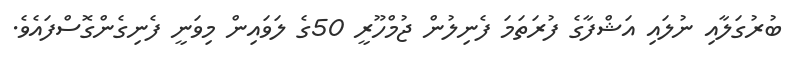
ބުރުގަލާއި ނުލައި އަޝްފާގެ ފުރަތަމަ ފެނިލުން ޖުމްހޫރީ 50ގެ ލަވައިން މިވަނީ ފެނިގެންގޮސްފައެވެ.